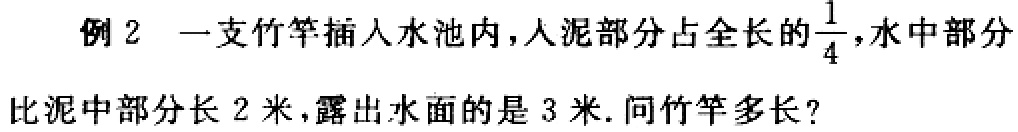
例2 一支竹竿插入水池内，人泥部分占全长的$\frac{1}{4}$，水中部分比泥中部分长2米，露出水面的是3米. 问竹竿多长？